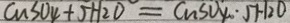
C u S O _ { 4 } + 5 H _ { 2 } O = C u S O 4 \cdot 5 H _ { 2 } O